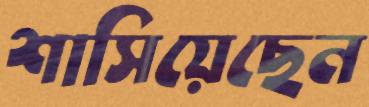
শাসিয়েছেন